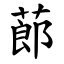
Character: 蓈